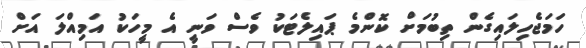
ހަމަޖެހިލައިގެން ތިބުމަށް ކޮންމެ ޕައިލެޓަކު ވެސް ވަނީ އެ މީހަކު އަމިއްލަ އަށް